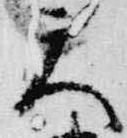
天